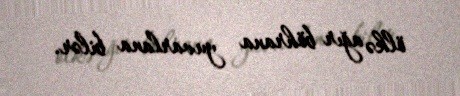
ölkə ağır böhrana yuvarlana bilər.